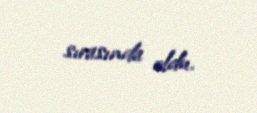
sırasında oldu.